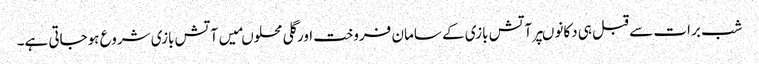
شب برات سے قبل ہی دکانوںپرآتش بازی کے سامان فروخت اورگلی محلوںمیں آتش بازی شروع ہوجاتی ہے۔